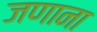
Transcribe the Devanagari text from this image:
जणाना